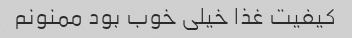
کیفیت غذا خیلی خوب بود ممنونم